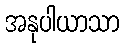
အနုပါယာသာ